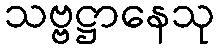
သဗ္ဗဋ္ဌာနေသု